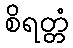
စိရတ္တံ